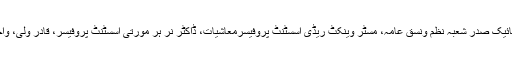
اس تقریب سے ڈاکٹر گیتا نائیک صدر شعبہ نظم ونسق عامہ، مسٹر وینکٹ ریڈی اسسٹنٹ پروفیسرمعاشیات، ڈاکٹر نر ہر مورتی اسسٹنٹ پروفیسر، قادر ولی، واجدہ بیگم نے خطاب فرما یا۔